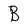
Character: B